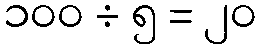
၁၀၀ ÷ ၅ = ၂၀